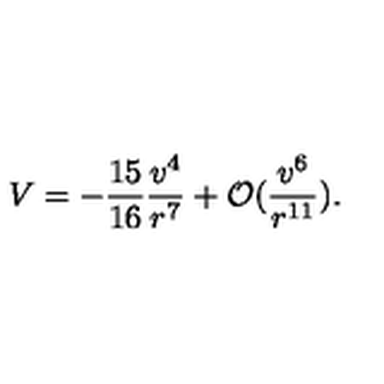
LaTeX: V = - \frac { 1 5 } { 1 6 } \frac { v ^ { 4 } } { r ^ { 7 } } + { \cal O } ( \frac { v ^ { 6 } } { r ^ { 1 1 } } ) .